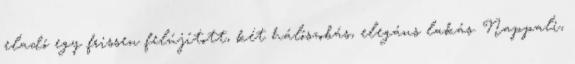
eladó egy frissen felújított, két hálószobás, elegáns lakás. Nappali,